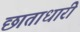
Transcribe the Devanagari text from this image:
छाताधारी